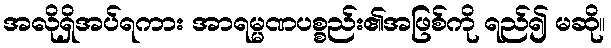
အလိုရှိအပ်ရကား အာရမ္မဏပစ္စည်း၏အဖြစ်ကို ရည်၍ မဆို။